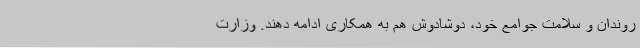
روندان و سلامت جوامع خود، دوشادوش هم به همکاری ادامه دهند. وزارت